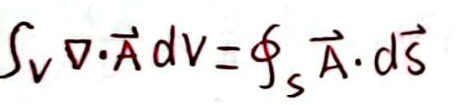
\(\int_{V} \nabla \cdot \vec{A} dV = \oint_{S} \vec{A} \cdot d\vec{S}\)